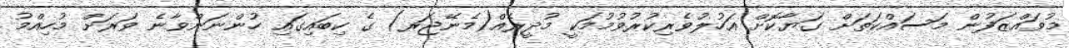
މުވައްޒަފުން މަސައްކަތަށް ގަޔާކޮށް އަހުލުވެރިކުރުވުމުމަކީ މުދީރެއް(މެނޭޖަރ) ގެ ކިބައިގައި ހުންނަންވާނެ ވަރަށް މުހިއްމު